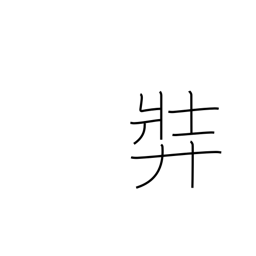
Meaning: stout